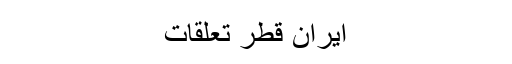
ایران قطر تعلقات